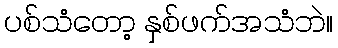
ပစ်သံတော့ နှစ်ဖက်အသံဘဲ။